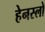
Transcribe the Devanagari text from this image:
हेनस्लो